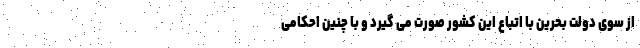
از سوی دولت بحرین با اتباع این کشور صورت می گیرد و با چنین احکامی